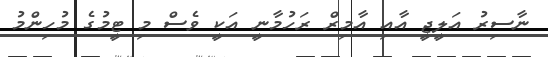
ނާސިރު އަލީޖީ އާއި އާމިރް ރަހުމާނީ އަކީ ވެސް މި ޓީމުގެ މުހިންމު